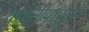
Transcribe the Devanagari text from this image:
ययातीपासून